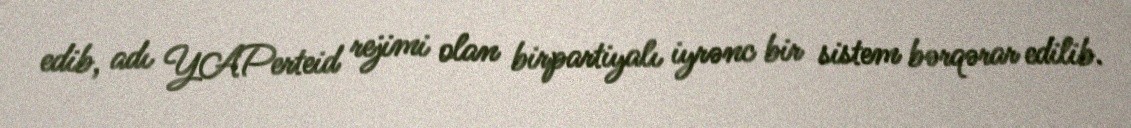
edib, adı YAPerteid rejimi olan birpartiyalı iyrənc bir sistem bərqərar edilib.